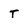
Character: T